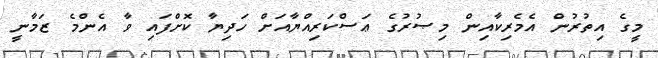
މީގެ އިތުރުން އެމެރިކާއިން މިޞުރުގެ ޢަސްކަރިއްޔާއަށް ހަދިޔާ ކޮށްފައި ވާ އެންމެ ޒަމާނީ